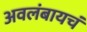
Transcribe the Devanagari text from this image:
अवलंबायचं